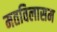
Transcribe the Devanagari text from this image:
मतविलासम